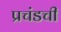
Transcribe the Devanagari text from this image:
प्रचंडची